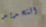
التحديد